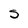
Character: 5